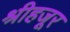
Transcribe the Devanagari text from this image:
श्रीहजूर